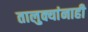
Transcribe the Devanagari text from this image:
तालुक्यांनाही